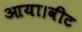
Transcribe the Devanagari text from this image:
आया।वीट